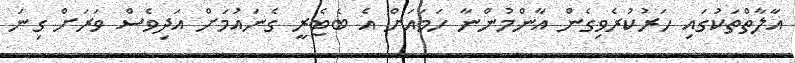
އާލާތްތަކުގައި ހަރުކުރެވިގެން އާންމުންނާ ހަމައަށް އެ ބެޓެރީ ގެނައުމަށް އަދިވެސް ވަރަށް ގިނަ